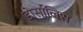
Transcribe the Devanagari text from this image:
डोर्सालिस